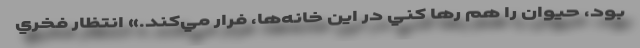
بود، حيوان را هم رها كني در اين خانه‌ها، فرار مي‌كند.» انتظار فخري